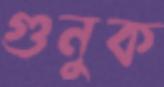
গুনুক